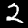
Label: 2